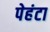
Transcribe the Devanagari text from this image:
पेहंटा